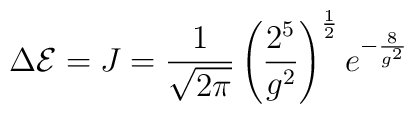
\Delta {\cal E} = J =\frac{1}{\sqrt{2\pi}}\left(\frac{2^5}{g^2}\right)^{\frac12}e^{-\frac{8}{g^2}}